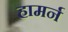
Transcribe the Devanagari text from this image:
हामर्न